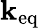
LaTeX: \mathbf{k}_{\mathrm{{eq}}}